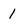
Character: 1